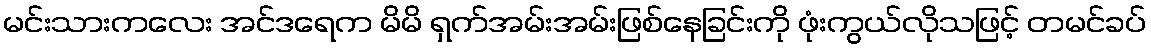
မင်းသားကလေး အင်ဒရေက မိမိ ရှက်အမ်းအမ်းဖြစ်နေခြင်းကို ဖုံးကွယ်လိုသဖြင့် တမင်ခပ်